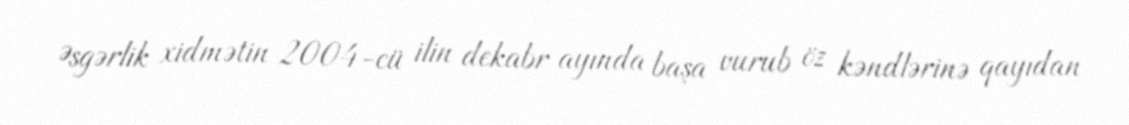
Əsgərlik xidmətin 2004-cü ilin dekabr ayında başa vurub öz kəndlərinə qayıdan